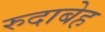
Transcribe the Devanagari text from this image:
रुदाबेह